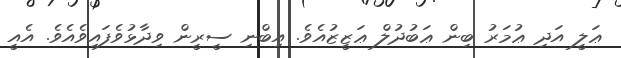
ޢަލީ އަދި ޢުމަރު ބިން ޢަބުދުލް ޢަޒީޒުއެވެ. އިބްނި ސީރީން ވިދާޅުވެފައިވެއެވެ. އެއީ